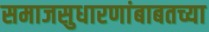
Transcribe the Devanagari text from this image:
समाजसुधारणांबाबतच्या